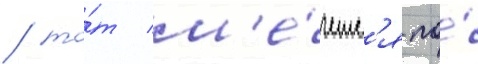
/ то́т м'е́четс'я по́